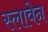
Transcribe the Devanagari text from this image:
स्लावेन